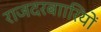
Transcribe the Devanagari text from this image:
राजदरबाारियों